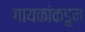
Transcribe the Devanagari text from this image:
गायकांकडुन